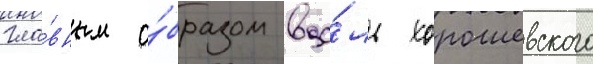
гла́вным о́бразом вдо́ль хорошевского